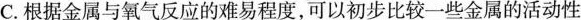
C.根据金属与氧气反应的难易程度，可以初步比较一些金属的活动性